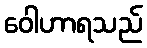
ဝေါဟာရသည်